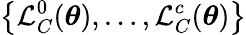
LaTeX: \left\{ \mathcal{L}_{C}^{0}(\boldsymbol{\theta}),\ldots,\mathcal{L}_{C}^{c}(\boldsymbol{\theta})\right\}